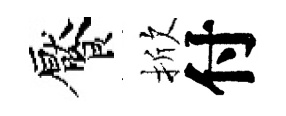
饜掀付